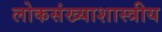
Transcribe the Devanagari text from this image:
लोकसंख्याशास्त्रीय